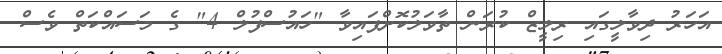
އަހަރު ދިވާލީގައި ރިލީޒް ކުރަން ތާވަލުކޮށްފައިވާ "ހައުސްފުލް 4" ގެ މަސައްކަތް ވެސް